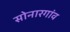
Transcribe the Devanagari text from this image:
सोनारगांव